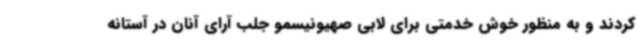
کردند و به منظور خوش خدمتی برای لابی صهیونیسمو جلب آرای آنان در آستانه